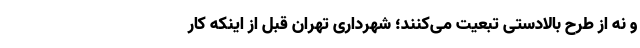
و نه از طرح بالادستی تبعیت می‌کنند؛ شهرداری تهران قبل از اینکه کار